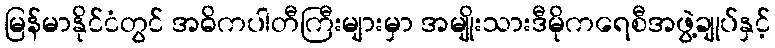
မြန်မာနိုင်ငံတွင် အဓိကပါတီကြီးများမှာ အမျိုးသားဒီမိုကရေစီအဖွဲ့ချုပ်နှင့်